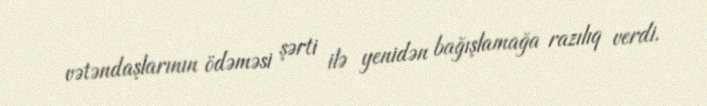
vətəndaşlarının ödəməsi şərti ilə yenidən bağışlamağa razılıq verdi.